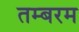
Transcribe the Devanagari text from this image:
तम्बरम